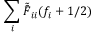
\sum _ { i } \tilde { \bar { F } } _ { i i } ( f _ { i } + 1 / 2 )